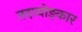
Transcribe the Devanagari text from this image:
तदप्योङ्कार